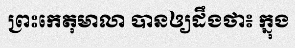
ព្រះកេតុមាលា បានឲ្យដឹងថា៖ ក្នុង